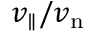
v _ { \parallel } / v _ { \mathrm { n } }